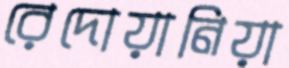
রেদোয়ানিয়া